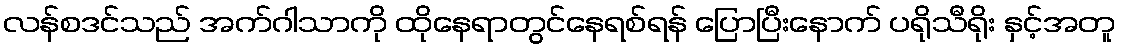
လန်စဒင်သည် အက်ဂါသာကို ထိုနေရာတွင်နေရစ်ရန် ပြောပြီးနောက် ပရိုသီရိုး နှင့်အတူ